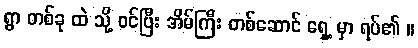
ရွာ တစ်ခု ထဲ သို့ ဝင်ပြီး အိမ်ကြီး တစ်ဆောင် ရှေ့ မှာ ရပ်၏ ။